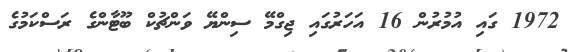
1972 ގައި އުމުރުން 16 އަހަރުގައި ޖިގްމޭ ސިންޔޭ ވަންޗުކް ބޫޓާންގެ ރަސްކަމުގެ